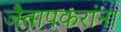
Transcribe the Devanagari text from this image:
जैतापकरांना